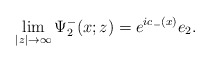
\begin{align*}\lim_{|z|\rightarrow\infty}\Psi^-_2(x;z)=e^{ic_-(x)}e_2.\end{align*}